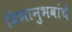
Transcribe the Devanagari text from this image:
विभानुभवांचे